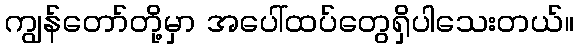
ကျွန်တော်တို့မှာ အပေါ်ထပ်တွေရှိပါသေးတယ်။